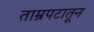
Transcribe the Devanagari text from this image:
ताम्रपटातून